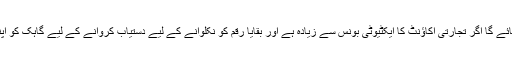
5 میں بیان کردہ شرائط پوری نہ ہوئیں تو پورا بونس منسوخ کر دیا جائے گا اگر تجارتی اکاؤنٹ کا ایکٹیوٹی بونس سے زیادہ ہے اور بقایا رقم کو نکلوانے کے لیے دستیاب کروانے کے لیے گاہک کو اپنے کسی بھی اکاؤنٹ میں کم از کم 50 USD جمع کروانے ہوں گے۔